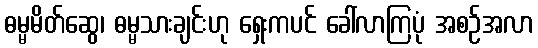
ဓမ္မမိတ်ဆွေ၊ ဓမ္မသားချင်းဟု ရှေးကပင် ခေါ်လာကြပုံ အစဉ်အလာ